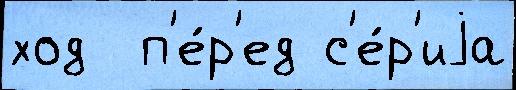
ход  п'е́р'ед с'е́р'иjа